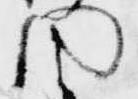
闍